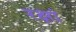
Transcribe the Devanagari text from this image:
रक्षां